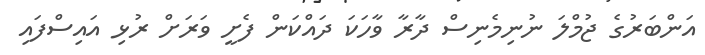
އަންބަރުގެ ޖުމްލަ ނުނިމެނިސް ދާރާ ވާހަކަ ދައްކަން ފެށީ ވަރަށް ރުޅި އައިސްފައި